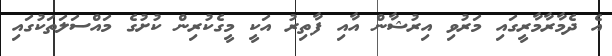
އެ ދެމާރާމާރީގައި މަރުވި އިރުޝާން އާއި ފާތިރު އަކީ މީގެކުރިން ކުށުގެ މައްސަލަތަކުގައި